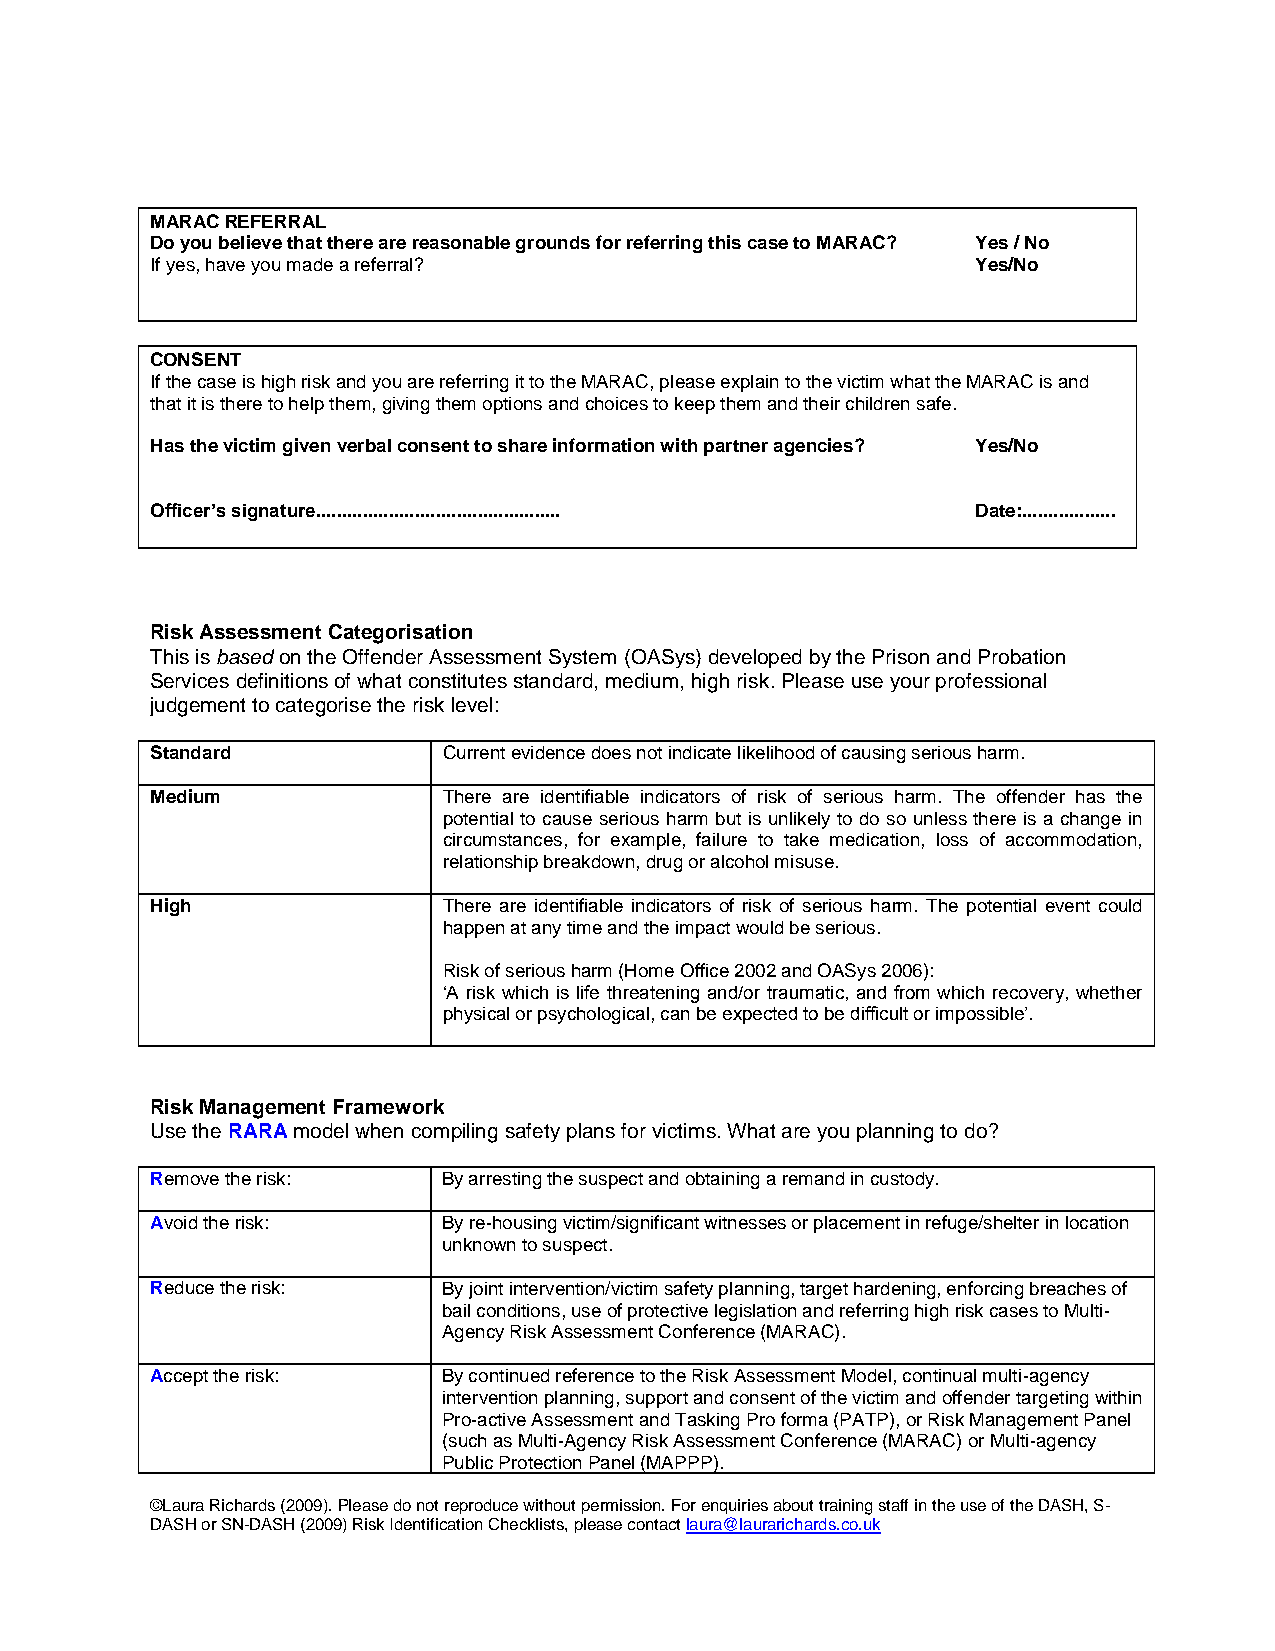
MARAC REFERRAL
 Do you believe that there are reasonable grounds for referring this case to MARAC? Yes / No
 If yes, have you made a referral?                      Yes/No
 CONSENT
 If the case is high risk and you are referring it to the MARAC, please explain to the victim what the MARAC is and
 that it is there to help them, giving them options and choices to keep them and their children safe.
 Has the victim given verbal consent to share information with partner agencies? Yes/No
 Officer’s signature............................................... Date:..................
 Risk Assessment Categorisation
 This is based on the Offender Assessment System (OASys) developed by the Prison and Probation
 Services definitions of what constitutes standard, medium, high risk. Please use your professional
 judgement to categorise the risk level:
 Standard           Current evidence does not indicate likelihood of causing serious harm.
 Medium             There are identifiable indicators of risk of serious harm. The offender has the
 potential to cause serious harm but is unlikely to do so unless there is a change in
 circumstances, for example, failure to take medication, loss of accommodation,
 relationship breakdown, drug or alcohol misuse.
 High               There are identifiable indicators of risk of serious harm. The potential event could
 happen at any time and the impact would be serious.
 Risk of serious harm (Home Office 2002 and OASys 2006):
 ‘A risk which is life threatening and/or traumatic, and from which recovery, whether
 physical or psychological, can be expected to be difficult or impossible’.
 Risk Management Framework
 Use the RARA model when compiling safety plans for victims. What are you planning to do?
 Remove the risk:   By arresting the suspect and obtaining a remand in custody.
 Avoid the risk:    By re-housing victim/significant witnesses or placement in refuge/shelter in location
 unknown to suspect.
 Reduce the risk:   By joint intervention/victim safety planning, target hardening, enforcing breaches of
 bail conditions, use of protective legislation and referring high risk cases to Multi-
 Agency Risk Assessment Conference (MARAC).
 Accept the risk:   By continued reference to the Risk Assessment Model, continual multi-agency
 intervention planning, support and consent of the victim and offender targeting within
 Pro-active Assessment and Tasking Pro forma (PATP), or Risk Management Panel
 (such as Multi-Agency Risk Assessment Conference (MARAC) or Multi-agency
 Public Protection Panel (MAPPP).
 ©Laura Richards (2009). Please do not reproduce without permission. For enquiries about training staff in the use of the DASH, S-
 DASH or SN-DASH (2009) Risk Identification Checklists, please contact laura@laurarichards.co.uk